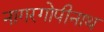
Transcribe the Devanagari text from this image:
नागरगोपीनाथ